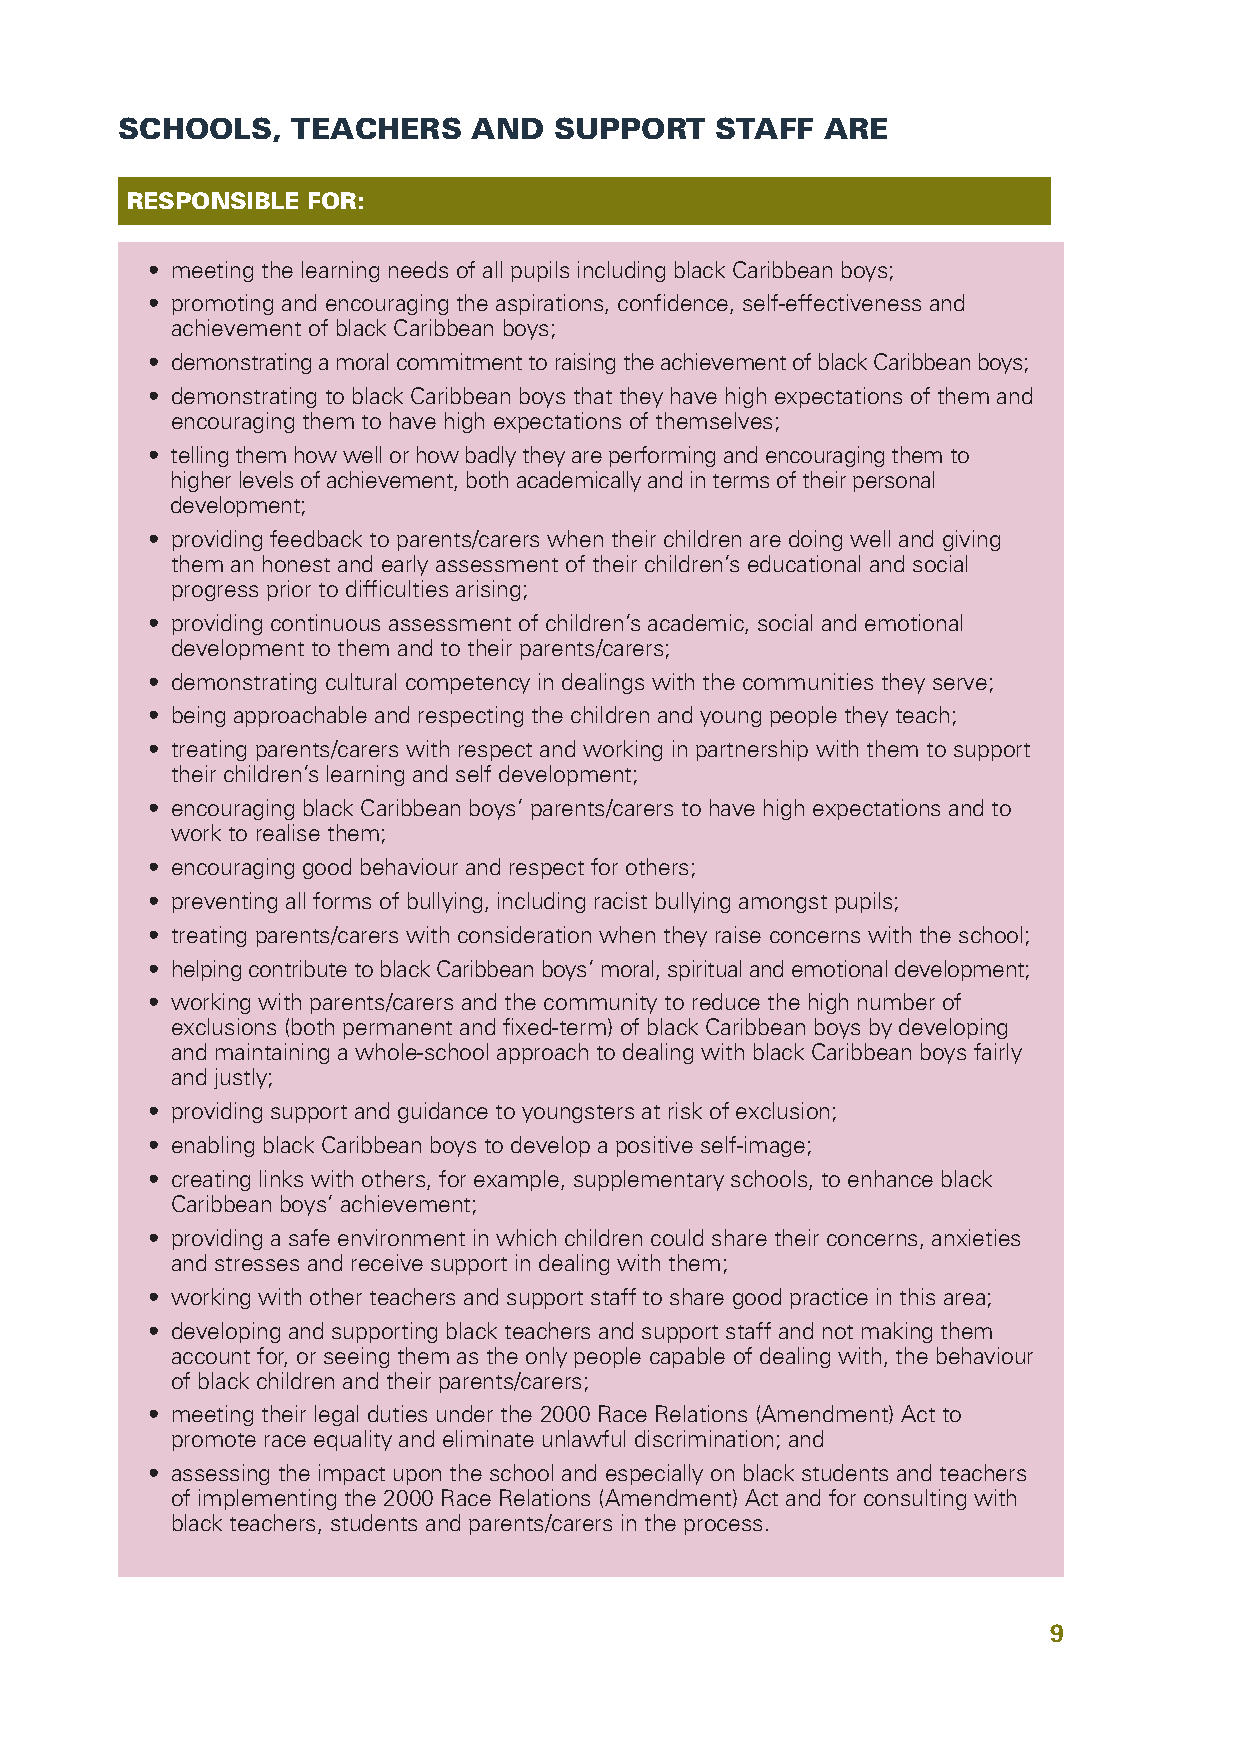
SCHOOLS,   TEACHERS    AND   SUPPORT   STAFF   ARE
 RESPONSIBLE FOR:
 • meeting the learning needs of all pupils including black Caribbean boys;
 • promoting and encouraging the aspirations, confidence, self-effectiveness and
 achievement of black Caribbean boys;
 • demonstratingamoralcommitmenttoraisingtheachievementofblackCaribbeanboys;
 • demonstrating to black Caribbean boys that they have high expectations of them and
 encouraging them to have high expectations of themselves;
 • tellingthemhowwellorhowbadlytheyareperformingandencouragingthemto
 higherlevelsofachievement,bothacademicallyandintermsoftheirpersonal
 development;
 • providing feedback to parents/carers when their children are doing well and giving
 them an honest and early assessment of their children’s educational and social
 progress prior to difficulties arising;
 • providing continuous assessment of children’s academic, social and emotional
 development to them and to their parents/carers;
 • demonstrating cultural competency in dealings with the communities they serve;
 • being approachable and respecting the children and young people they teach;
 • treating parents/carers with respect and working in partnership with them to support
 their children’s learning and self development;
 • encouraging black Caribbean boys’ parents/carers to have high expectations and to
 work to realise them;
 • encouraging good behaviour and respect for others;
 • preventing all forms of bullying, including racist bullying amongst pupils;
 • treating parents/carers with consideration when they raise concerns with the school;
 • helpingcontributetoblackCaribbeanboys’moral,spiritualandemotionaldevelopment;
 • working with parents/carers and the community to reduce the high number of
 exclusions (both permanent and fixed-term) of black Caribbean boys by developing
 and maintaining a whole-school approach to dealing with black Caribbean boys fairly
 and justly;
 • providing support and guidance to youngsters at risk of exclusion;
 • enabling black Caribbean boys to develop a positive self-image;
 • creating links with others, for example, supplementary schools, to enhance black
 Caribbean boys’ achievement;
 • providing a safe environment in which children could share their concerns, anxieties
 and stresses and receive support in dealing with them;
 • working with other teachers and support staff to share good practice in this area;
 • developing and supporting black teachers and support staff and not making them
 account for, or seeing them as the only people capable of dealing with, the behaviour
 of black children and their parents/carers;
 • meeting their legal duties under the 2000 Race Relations (Amendment) Act to
 promote race equality and eliminate unlawful discrimination; and
 • assessing the impact upon the school and especially on black students and teachers
 of implementing the 2000 Race Relations (Amendment) Act and for consulting with
 black teachers, students and parents/carers in the process.
 9